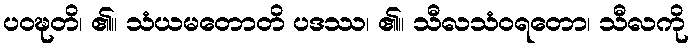
ပဝဍ္ဎတိ၊ ၏။ သံယမတောတိ ပဒဿ၊ ၏။ သီလသံဝရတော၊ သီလကို